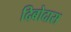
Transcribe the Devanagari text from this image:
दिबोदास